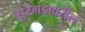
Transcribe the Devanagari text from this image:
सुरगडावरील